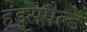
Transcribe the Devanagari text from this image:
हंड्सपैल्ड